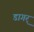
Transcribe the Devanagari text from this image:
डागर्